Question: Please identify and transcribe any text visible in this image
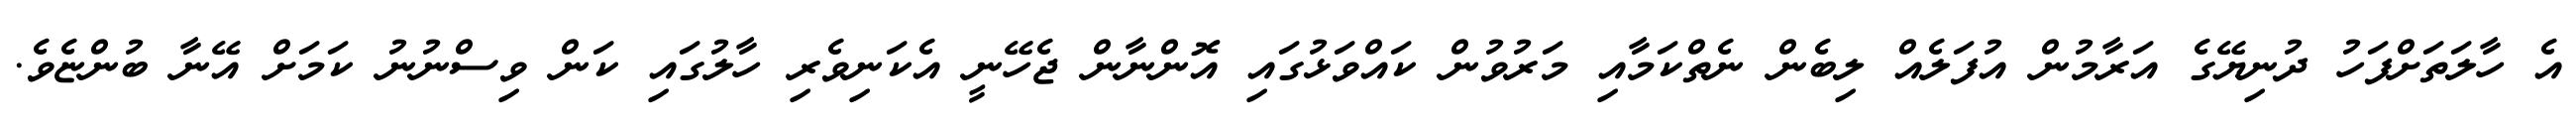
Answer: އެ ހާލަތަށްފަހު ދުނިޔޭގެ އަރާމުން އުފަލެއް ލިބެން ނެތްކަމާއި މަރުވުން ކައްވަޅުގައި އޮންނާން ޖެހޭނީ އެކަނިވެރި ހާލުގައި ކަން ވިސްނުނު ކަމަށް އޭނާ ބުންޏެވެ.